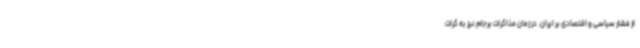
از فشار سیاسی و اقتصادی بر ایران. در زمان مذاکرات برجام نیز به کرات